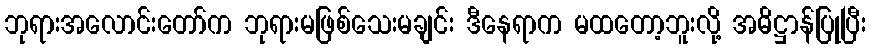
ဘုရားအလောင်းတော်က ဘုရားမဖြစ်သေးမချင်း ဒီနေရာက မထတော့ဘူးလို့ အဓိဋ္ဌာန်ပြုပြီး